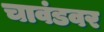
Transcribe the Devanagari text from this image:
चावंडवर